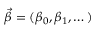
\vec { \beta } = ( \beta _ { 0 } , \beta _ { 1 } , \dots )